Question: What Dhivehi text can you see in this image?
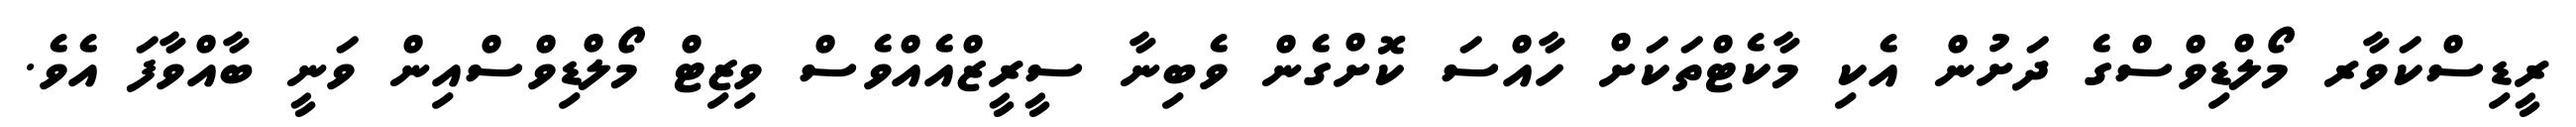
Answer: ރީޑިސްކަވާރ މޯލްޑިވްސްގެ ދަށުން އެކި މާކެޓްތަކަށް ހާއްސަ ކޮށްގެން ވެބިނާ ސީރީޒްއެއްވެސް ވިޒިޓް މޯލްޑިވްސްއިން ވަނީ ބާއްވާފަ އެވެ.